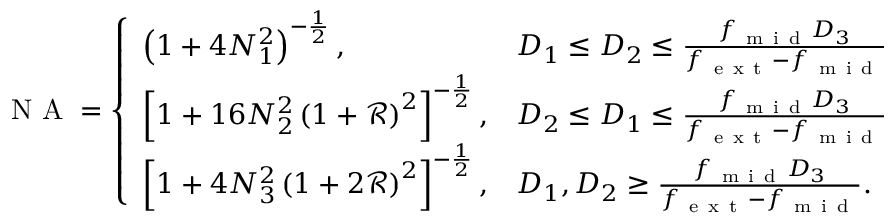
\begin{array} { r } { \mathrm { ~ N ~ A ~ } = \left\{ \begin{array} { l l } { \left( 1 + 4 N _ { 1 } ^ { 2 } \right) ^ { - \frac { 1 } { 2 } } , } & { D _ { 1 } \leq D _ { 2 } \leq \frac { f _ { \mathrm { ~ m ~ i ~ d ~ } } D _ { 3 } } { f _ { \mathrm { ~ e ~ x ~ t ~ } } - f _ { \mathrm { ~ m ~ i ~ d ~ } } } } \\ { \left[ 1 + 1 6 N _ { 2 } ^ { 2 } \left( 1 + \mathcal { R } \right) ^ { 2 } \right] ^ { - \frac { 1 } { 2 } } , } & { D _ { 2 } \leq D _ { 1 } \leq \frac { f _ { \mathrm { ~ m ~ i ~ d ~ } } D _ { 3 } } { f _ { \mathrm { ~ e ~ x ~ t ~ } } - f _ { \mathrm { ~ m ~ i ~ d ~ } } } } \\ { \left[ 1 + 4 N _ { 3 } ^ { 2 } \left( 1 + 2 \mathcal { R } \right) ^ { 2 } \right] ^ { - \frac { 1 } { 2 } } , } & { D _ { 1 } , D _ { 2 } \geq \frac { f _ { \mathrm { ~ m ~ i ~ d ~ } } D _ { 3 } } { f _ { \mathrm { ~ e ~ x ~ t ~ } } - f _ { \mathrm { ~ m ~ i ~ d ~ } } } . } \end{array} \right. } \end{array}